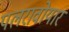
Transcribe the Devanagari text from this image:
पलरावोयार